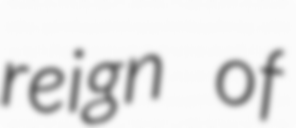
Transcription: reign of